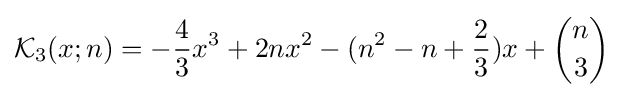
{\mathcal {K}}_{3}(x;n)=-{\frac {4}{3}}x^{3}+2nx^{2}-(n^{2}-n+{\frac {2}{3}})x+{\binom {n}{3}}